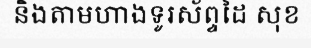
និងតាមហាងទូរស័ព្ទដៃ សុខ